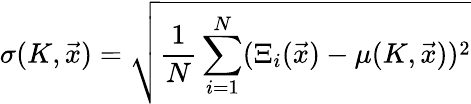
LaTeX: \sigma(K,\vec{x})=\sqrt{\frac{1}{N}\sum_{i=1}^{N}(\Xi_{i}(\vec{x})-\mu(K,\vec{x}))^{2}}